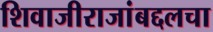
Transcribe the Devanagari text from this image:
शिवाजीराजांबद्दलचा